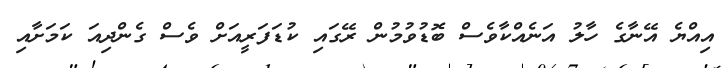
އިއްޔެ އޭނާގެ ހާލު އަނެއްކާވެސް ބޮޑުވުމުން ރޭގައި ކުޑަފަރީއަށް ވެސް ގެންދިއަ ކަމަށާއި